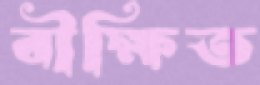
বীক্ষিত